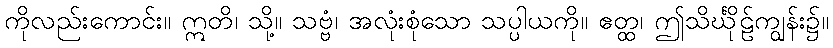
ကိုလည်းကောင်း။ ဣတိ၊ သို့။ သဗ္ဗံ၊ အလုံးစုံသော သပ္ပါယကို။ ဧတ္ထ၊ ဤသိင်္ဃိုဠ်ကျွန်း၌။